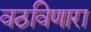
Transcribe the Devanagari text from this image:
वठविणारा